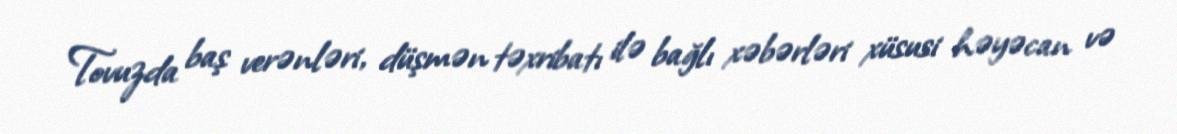
Tovuzda baş verənləri, düşmən təxribatı ilə bağlı xəbərləri xüsusi həyəcan və